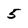
Character: 5